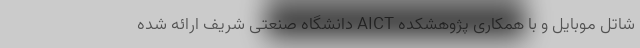
شاتل موبایل و با همکاری پژوهشکده AICT دانشگاه صنعتی شریف ارائه شده